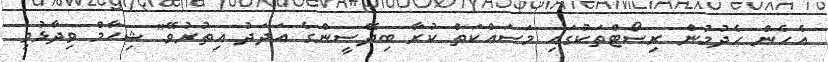
އެހެން ހެދުމުން ރިސޯޓްތަކުގައި މަސައްކަތް ކުރާ ބިދޭސީންގެ އަދަދު އިތުރުވޭ" ޝިހާމް ވިދާޅުވި